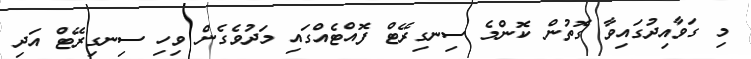
މި ގަވާއިދުގައިވާ ގޮތުން ކޮންމެ ސިނގިރޭޓް ފޮއްޓެއްގައި މަދުވެގެން ވިހި ސިނގިރޭޓް އަދި